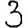
Digit: 3